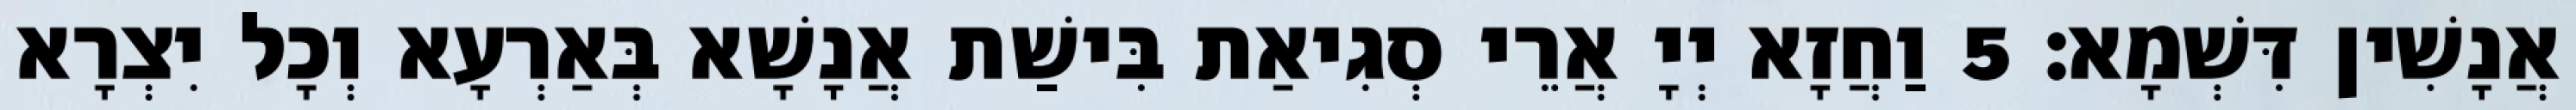
אֲנָשִׁין דִּשְׁמָא׃ 5 וַחֲזָא יְיָ אֲרֵי סְגִיאַת בִּישַׁת אֲנָשָׁא בְּאַרְעָא וְכָל יִצְרָא